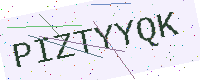
Text: PIZTYYQK